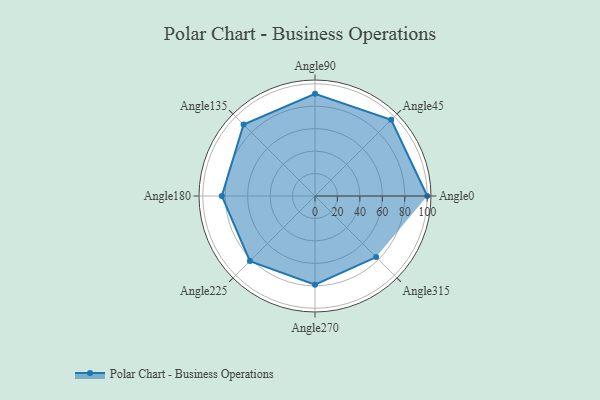
{"axis": {"x": "Angle", "y": "Radius"}, "legend": [""], "data": [{"x": "Angle0", "y": 100.0, "type": ""}, {"x": "Angle45", "y": 96.0, "type": ""}, {"x": "Angle90", "y": 91.0, "type": ""}, {"x": "Angle135", "y": 90.0, "type": ""}, {"x": "Angle180", "y": 83.0, "type": ""}, {"x": "Angle225", "y": 82.0, "type": ""}, {"x": "Angle270", "y": 79.0, "type": ""}, {"x": "Angle315", "y": 77.0, "type": ""}]}